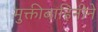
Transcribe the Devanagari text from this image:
मुक्तीबाहिनीने